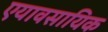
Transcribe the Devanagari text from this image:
एयावसायिक